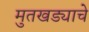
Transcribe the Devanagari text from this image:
मुतखड्याचे